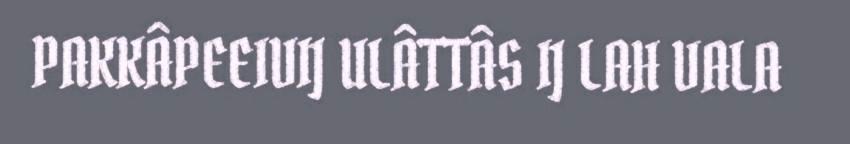
PAKKÂPEEIVIJ ULÂTTÂS IJ LAH VALA